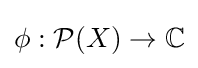
\phi :{\mathcal {P}}(X)\to \mathbb {C}